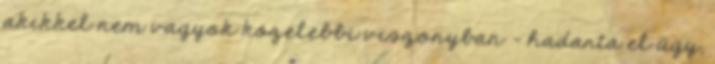
akikkel nem vagyok közelebbi viszonyban – hadarta el úgy,